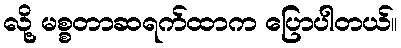
လို့ မစ္စတာဆရက်ထာက ပြောပါတယ်။